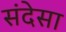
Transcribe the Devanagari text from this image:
संदेसा